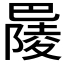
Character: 𢁋